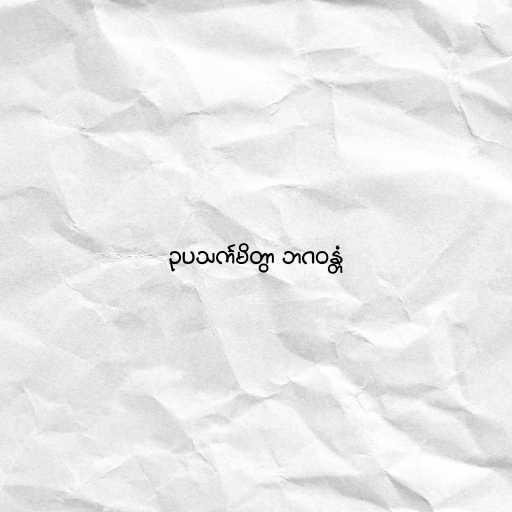
ဥပသင်္ကမိတွာ ဘဂဝန္တံ